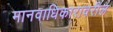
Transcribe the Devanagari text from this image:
मानवाधिकारावरील